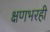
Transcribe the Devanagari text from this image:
क्षणभरही